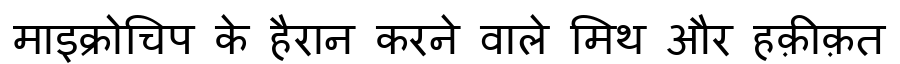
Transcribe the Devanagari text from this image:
माइक्रोचिप के हैरान करने वाले मिथ और हक़ीक़त